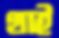
থাই